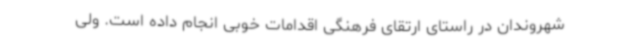
شهروندان در راستای ارتقای فرهنگی اقدامات خوبی انجام داده است. ولی